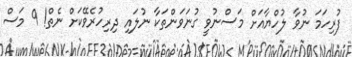
ފުރިހަމަ ނުވާ ލުހްޔާއަށް މަސްނުވީ ގުނަވަންތަކާ ނުލައި ދިރިހުރެވޭކަށް ނެތް! 9 މަސް